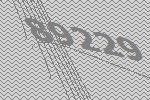
89229